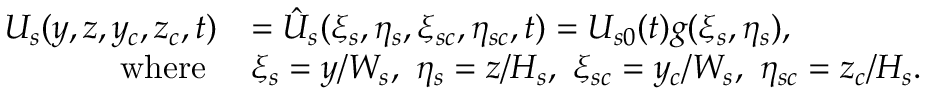
\begin{array} { r l } { U _ { s } ( y , z , y _ { c } , z _ { c } , t ) } & { = \hat { U } _ { s } ( \xi _ { s } , \eta _ { s } , \xi _ { s c } , \eta _ { s c } , t ) = U _ { s 0 } ( t ) g ( \xi _ { s } , \eta _ { s } ) , } \\ { \mathrm { ~ ~ ~ w h e r e ~ } } & { \xi _ { s } = y / W _ { s } , ~ \eta _ { s } = z / H _ { s } , ~ \xi _ { s c } = y _ { c } / W _ { s } , ~ \eta _ { s c } = z _ { c } / H _ { s } . } \end{array}